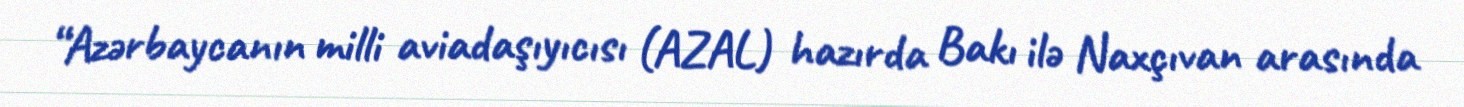
“Azərbaycanın milli aviadaşıyıcısı (AZAL) hazırda Bakı ilə Naxçıvan arasında